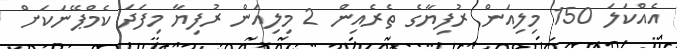
އެއްކަލަ 150 މިލިއަން ރުފިޔާގެ ތެރެއިން 2 މިލިއަން ރުފިޔާ މިފަދަ ކެމްޕޭނަކަށް